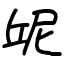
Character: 屔